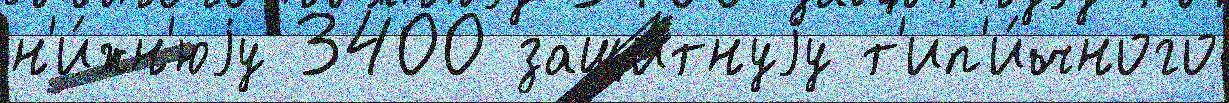
н'и́жн'юjу 3400 защи́тнуjу т'ип'и́чного